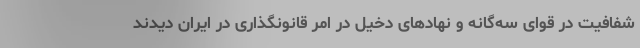
شفافیت در قوای سه‌گانه و نهادهای دخیل در امر قانونگذاری در ایران دیدند